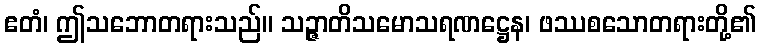
ဧတံ၊ ဤသဘောတရားသည်။ သဉ္ဇာတိသမောသရဏဋ္ဌေန၊ ဖဿစသောတရားတို့၏